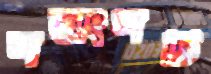
শতাংশটি